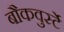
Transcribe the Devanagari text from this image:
बौकवुर्स्टे